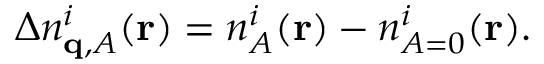
\Delta n _ { \mathbf { q } , A } ^ { i } ( \mathbf { r } ) = { n _ { A } ^ { i } ( \mathbf { r } ) } - { n _ { A = 0 } ^ { i } ( \mathbf { r } ) } .